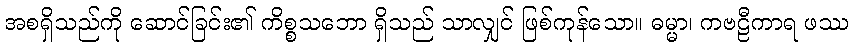
အစရှိသည်ကို ဆောင်ခြင်း၏ ကိစ္စသဘော ရှိသည် သာလျှင် ဖြစ်ကုန်သော။ ဓမ္မာ၊ ကဗဠီကာရ ဖဿ